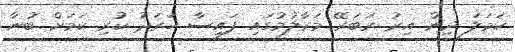
ހަމަލަ ދިން އިރު ރަބަރޭ މަރާލުމުގައި ފައިސާ ހަރަދު ކުރި ކަމަށް ބުނާ